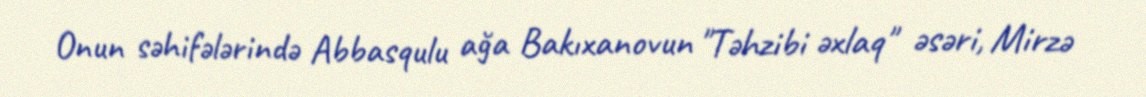
Onun səhifələrində Abbasqulu ağa Bakıxanovun "Təhzibi əxlaq" əsəri, Mirzə